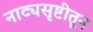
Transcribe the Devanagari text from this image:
नाट्यसृष्टीतून